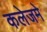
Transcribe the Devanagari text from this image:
कलेजमे